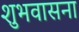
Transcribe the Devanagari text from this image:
शुभवासना